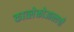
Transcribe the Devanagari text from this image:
कात्लेकोआत्लची